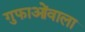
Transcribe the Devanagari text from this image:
गुफाओंवाला